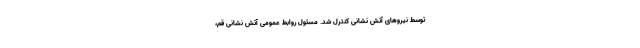
توسط نیروهای آتش نشانی کنترل شد. مسئول روابط عمومی آتش نشانی قم،